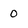
Character: 0